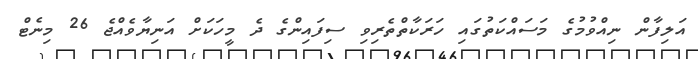
އަލިފާން ނިއްވުމުގެ މަސައްކަތުގައި ހަރަކާތްތެރިވި ސިފައިންގެ ދެ މީހަކަށް އަނިޔާވެއްޖެ 26 މިނެޓް